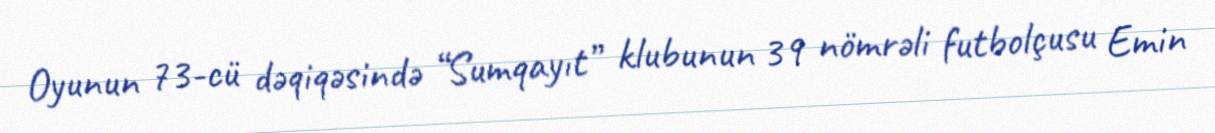
Oyunun 73-cü dəqiqəsində “Sumqayıt” klubunun 39 nömrəli futbolçusu Emin